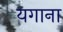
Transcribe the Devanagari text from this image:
यगाना